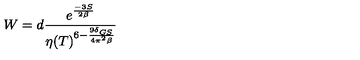
W = d \frac { e ^ { \frac { - 3 S } { 2 \beta } } } { \eta ( T ) ^ { 6 - \frac { 9 \delta _ { G S } } { 4 \pi ^ { 2 } \beta } } }